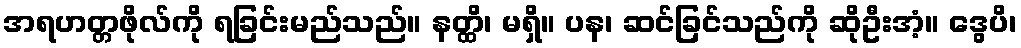
အရဟတ္တဖိုလ်ကို ရခြင်းမည်သည်။ နတ္ထိ၊ မရှိ။ ပန၊ ဆင်ခြင်သည်ကို ဆိုဦးအံ့။ ဒွေပိ၊